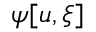
\psi [ u , \xi ]